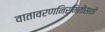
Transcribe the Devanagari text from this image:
वातावरणनिर्मितीसाठी